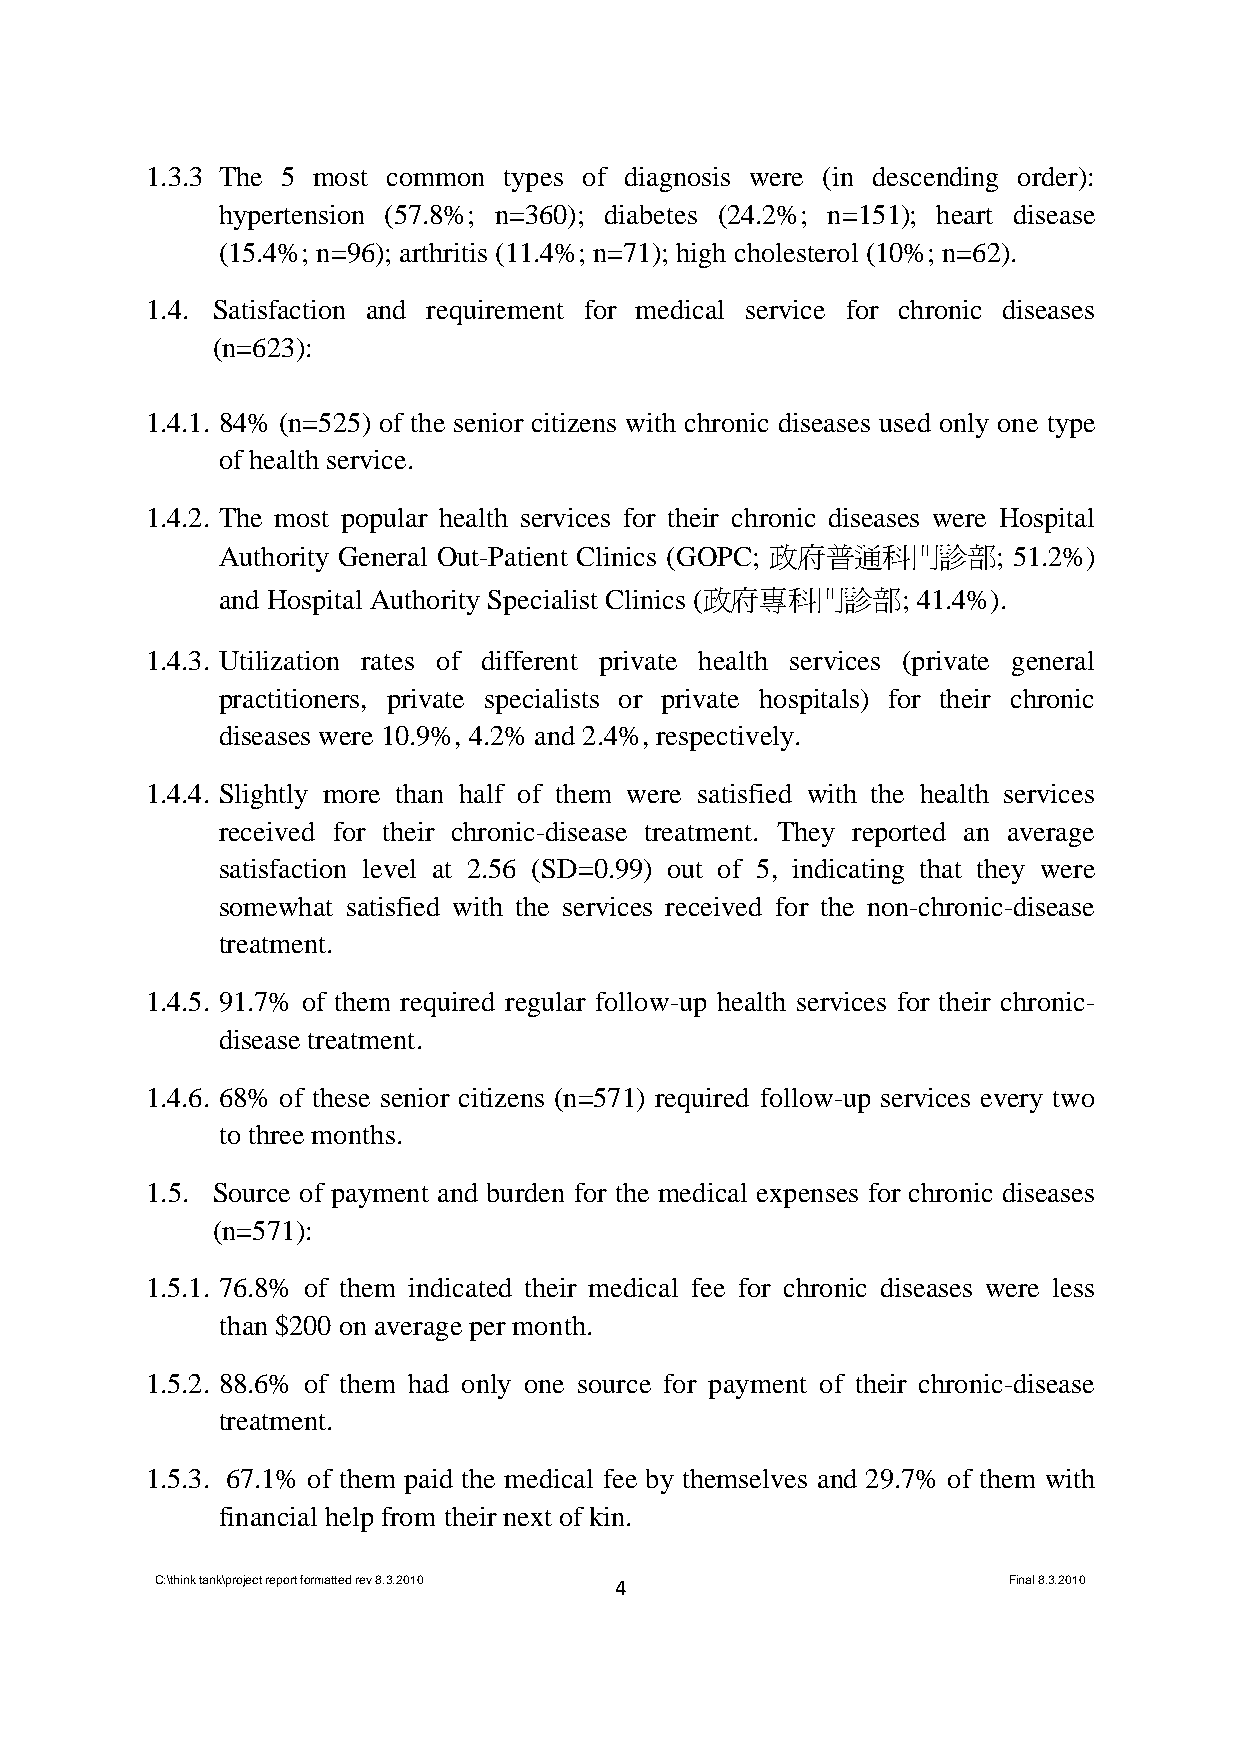
1.3.3 The 5 most common types of diagnosis were (in descending order):
 hypertension (57.8%; n=360); diabetes (24.2%; n=151); heart disease
 (15.4%; n=96); arthritis (11.4%; n=71); high cholesterol (10%; n=62).
 1.4. Satisfaction and requirement for medical service for chronic diseases
 (n=623):
 1.4.1. 84% (n=525) of the senior citizens with chronic diseases used only one type
 of health service.
 1.4.2. The most popular health services for their chronic diseases were Hospital
 Authority General Out-Patient Clinics (GOPC; 政府普通科門診部; 51.2%)
 and Hospital Authority Specialist Clinics (政府專科門診部; 41.4%).
 1.4.3. Utilization rates of different private health services (private general
 practitioners, private specialists or private hospitals) for their chronic
 diseases were 10.9%, 4.2% and 2.4%, respectively.
 1.4.4. Slightly more than half of them were satisfied with the health services
 received for their chronic-disease treatment. They reported an average
 satisfaction level at 2.56 (SD=0.99) out of 5, indicating that they were
 somewhat satisfied with the services received for the non-chronic-disease
 treatment.
 1.4.5. 91.7% of them required regular follow-up health services for their chronic-
 disease treatment.
 1.4.6. 68% of these senior citizens (n=571) required follow-up services every two
 to three months.
 1.5. Source of payment and burden for the medical expenses for chronic diseases
 (n=571):
 1.5.1. 76.8% of them indicated their medical fee for chronic diseases were less
 than $200 on average per month.
 1.5.2. 88.6% of them had only one source for payment of their chronic-disease
 treatment.
 1.5.3. 67.1% of them paid the medical fee by themselves and 29.7% of them with
 financial help from their next of kin.
 C:\think tank\project report formatted rev 8.3.2010 4    Final 8.3.2010